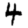
Digit: 4